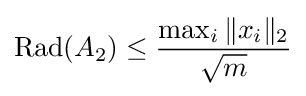
\operatorname {Rad} (A_{2})\leq {\max _{i}\|x_{i}\|_{2} \over {\sqrt {m}}}